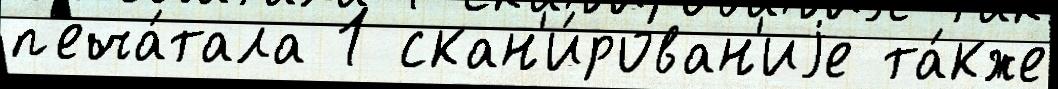
п'еча́тала 1 скан'и́рован'иjе та́кже